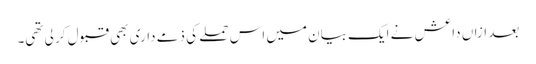
بعد ازاں داعش نے ایک بیان میں اس حملے کی ذمے داری بھی قبول کر لی تھی۔